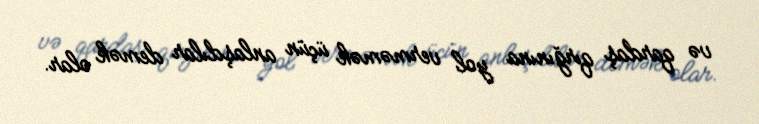
və qardaş qırğınına yol verməmək üçün anlaşdılar demək olar.